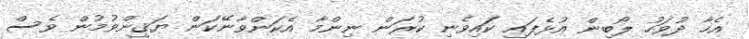
އެހާ ދުވަހު ލޯބިން އުޅެފައި ކައިވެނި ކުރަން ނިންމާ އެކަންވާނޭކަން ޔަޤީންވުމުން ވެސް